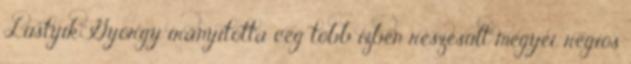
Lustyik György irányította cég több ízben részesült megyei, régiós